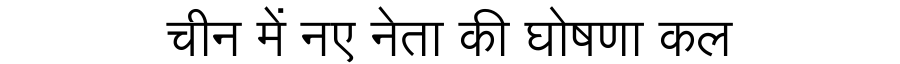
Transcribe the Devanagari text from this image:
चीन में नए नेता की घोषणा कल